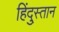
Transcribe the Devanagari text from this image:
हिंदु्स्तान